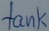
Text: tank